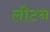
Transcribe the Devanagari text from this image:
लीटन